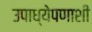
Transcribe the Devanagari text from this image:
उपाध्येपणाशी